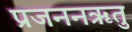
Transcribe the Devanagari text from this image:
प्रजननऋतु